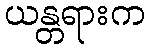
ယန္တရားက